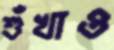
শুঁখাও